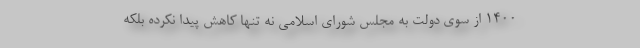
1400 از سوی دولت به مجلس شورای اسلامی نه تنها کاهش پیدا نکرده بلکه